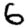
Digit: 6